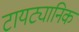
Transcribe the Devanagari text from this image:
टायट्यानिक